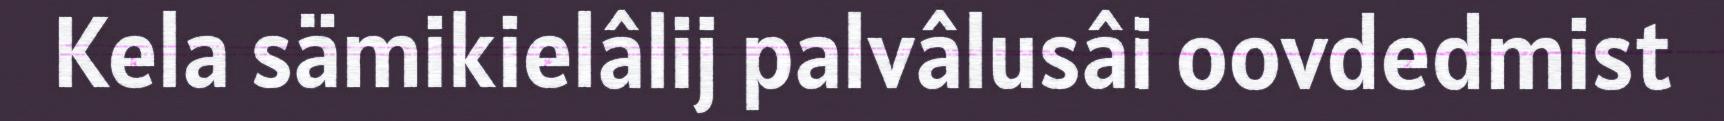
Kela sämikielâlij palvâlusâi oovdedmist